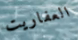
العفاريت